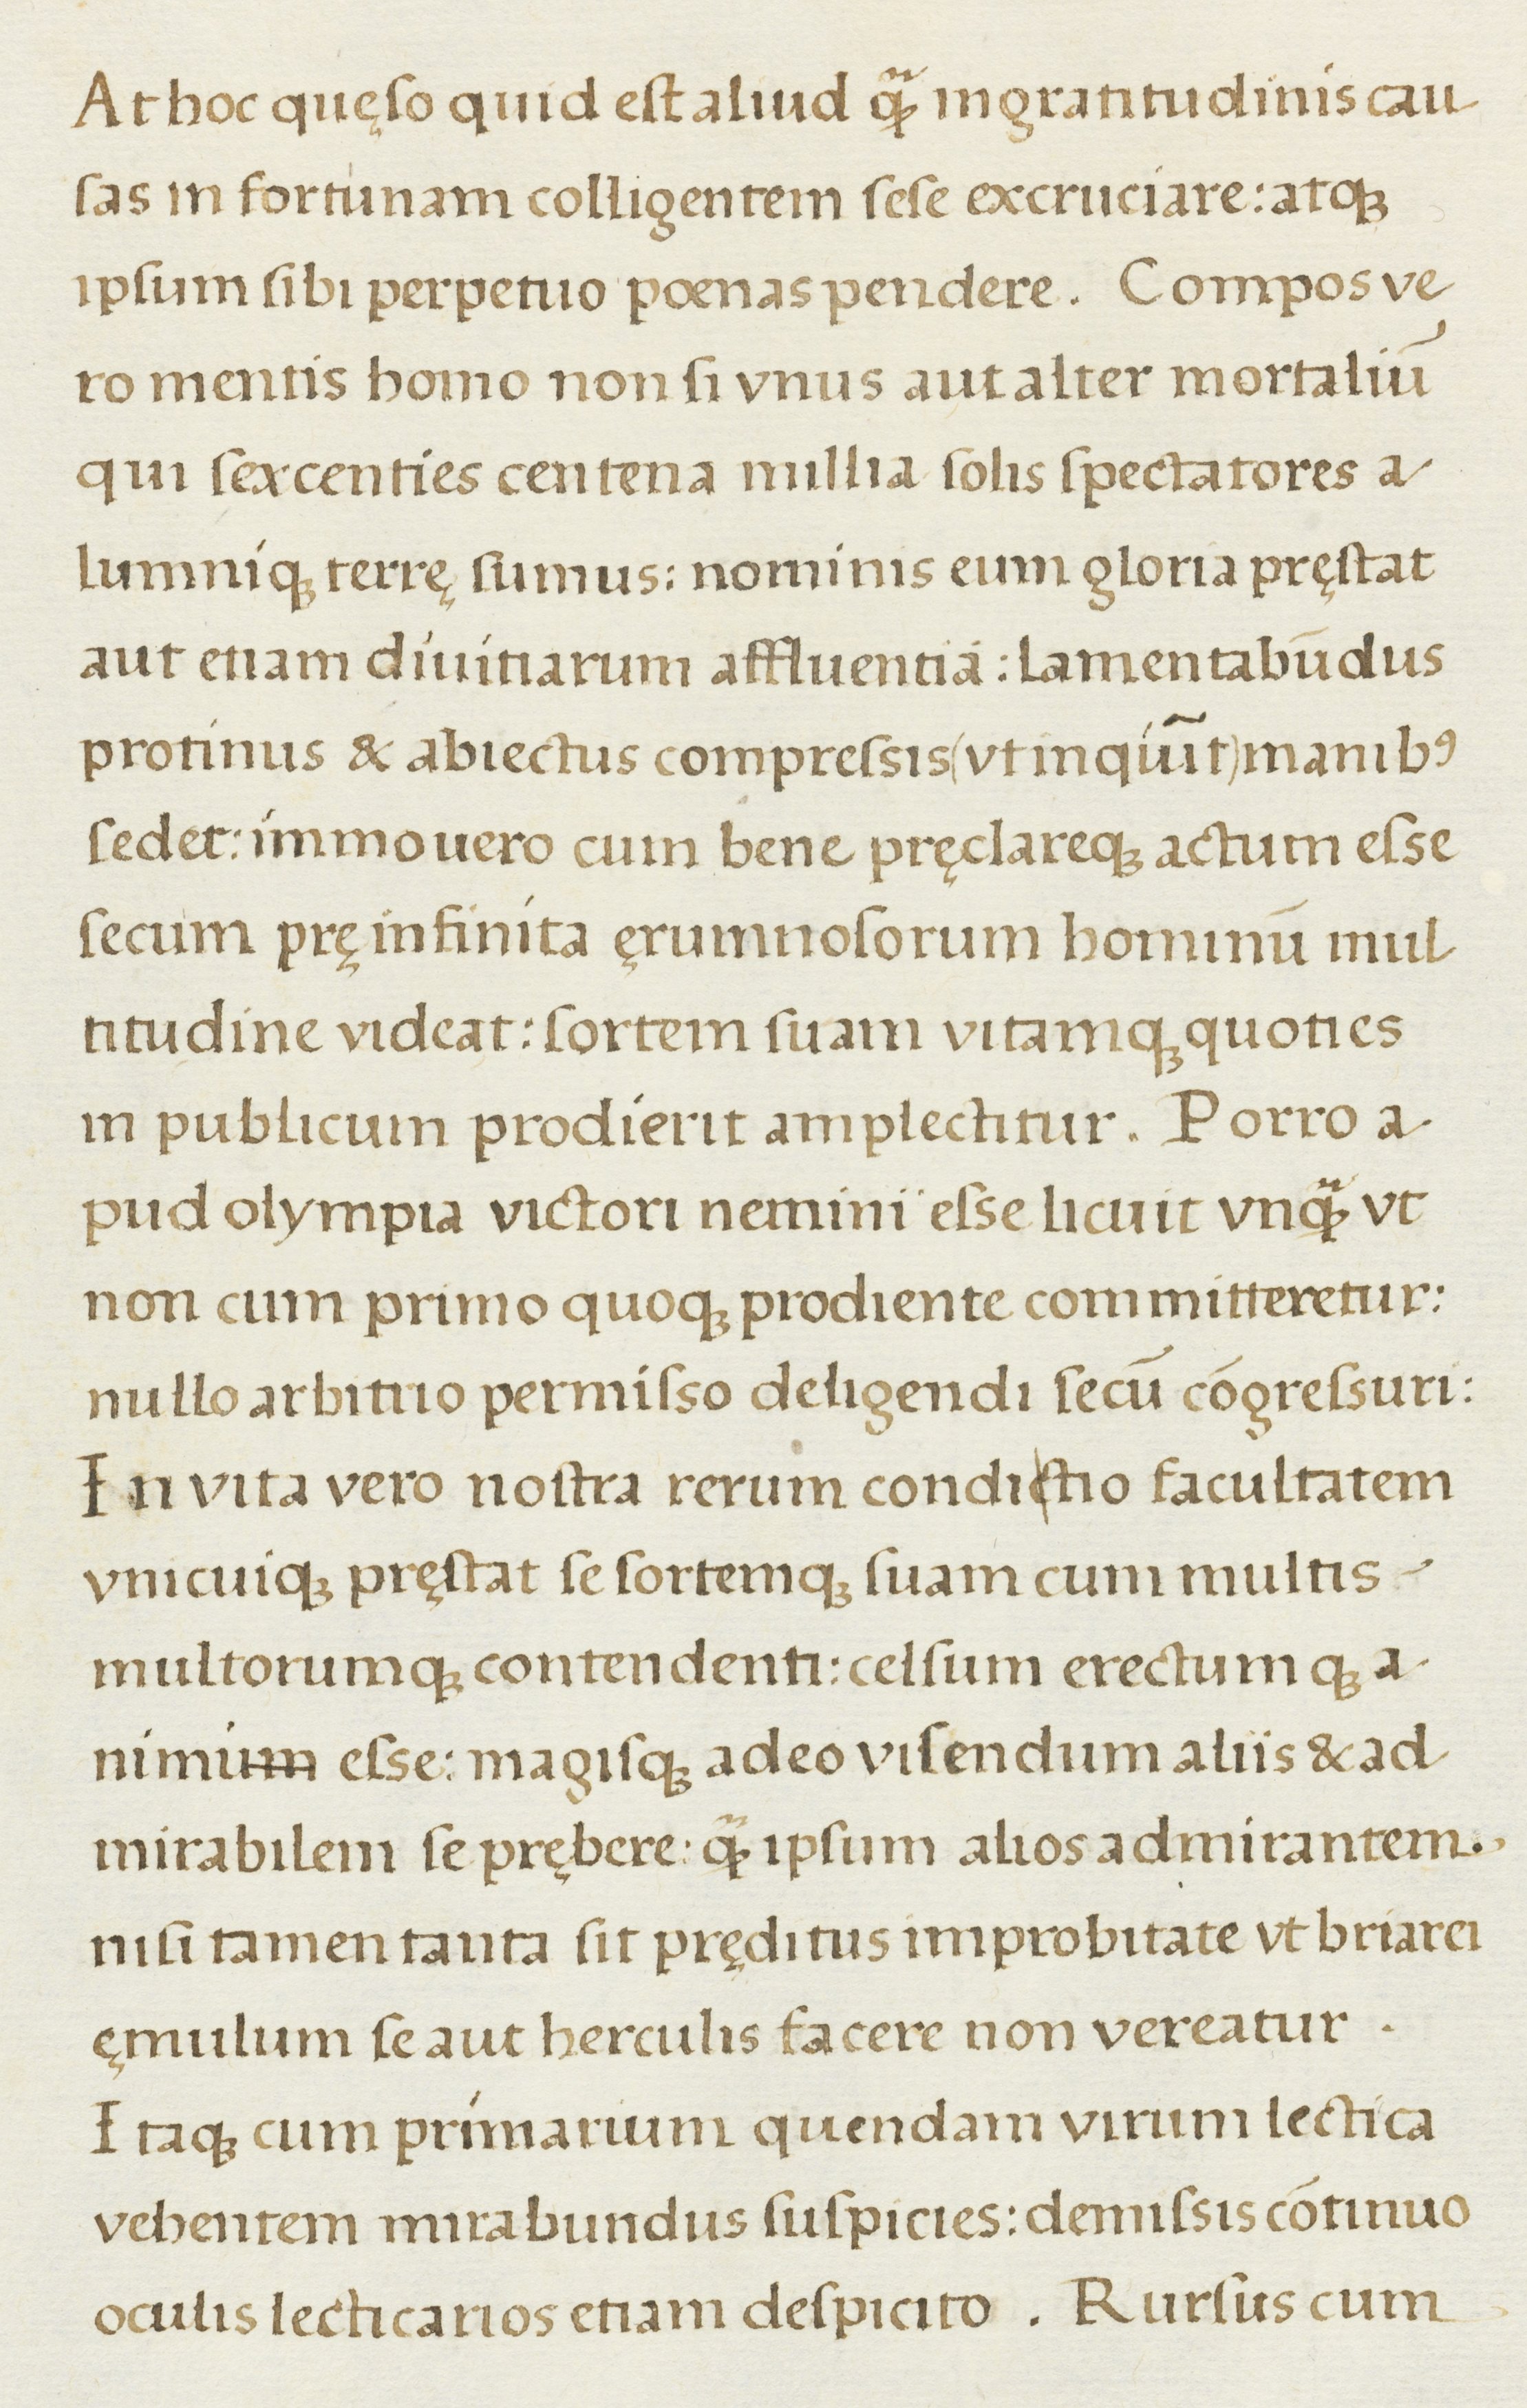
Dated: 1500–1599